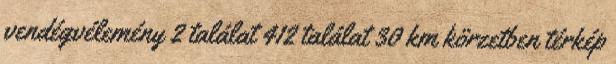
vendégvélemény 2 találat 412 találat 30 km körzetben térkép